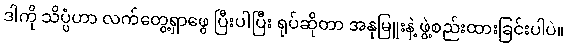
ဒါကို သိပ္ပံဟာ လက်တွေ့ရှာဖွေ ပြီးပါပြီး ရုပ်ဆိုတာ အနုမြူးနဲ့ ဖွဲ့စည်းထားခြင်းပါပဲ။